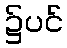
၌ပင်